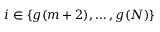
i \in \{ g ( m + 2 ) , \ldots , g ( N ) \}